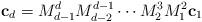
LaTeX: \begin{align*}\mathbf{c}_d = M_{d-1}^d M_{d-2}^{d-1} \cdots M_2^3 M_1^2 \mathbf{c}_1\end{align*}